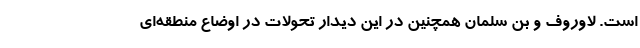
است. لاوروف و بن سلمان همچنین در این دیدار تحولات در اوضاع منطقه‌ای